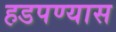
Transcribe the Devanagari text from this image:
हडपण्यास